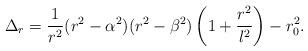
LaTeX: \begin{align*}\Delta_r = {1 \over r^2}(r^2-\alpha^2)(r^2 - \beta^2)\left(1+{r^2\over l^2}\right) - r_0^2.\end{align*}